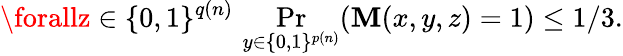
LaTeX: \forallz\in\{ 0,1\} ^{q(n)}\, \Pr_{y\in\{ 0,1\} ^{p(n)}}(\mathbf{M}(x,y,z)=1)\leq1/3.